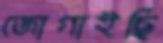
জোগাইছি